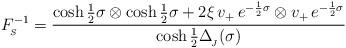
LaTeX: \begin{align*}F_{_{\!S}}^{-1} = \frac{\cosh\frac{1}{2}\sigma\otimes\cosh\frac{1}{2}\sigma+2\xi\,v_{+}\,e^{-\frac{1}{2}\sigma}\otimes v_+\,e^{-\frac{1}{2}\sigma}}{\cosh\frac{1}{2}\Delta_{_{\!J}}(\sigma)}\,\end{align*}